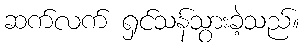
ဆက်လက် ရှင်သန်သွားခဲ့သည်။